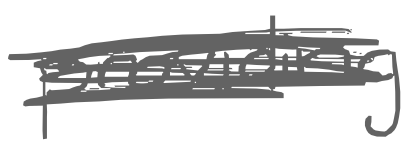
Text: providing
Cross-out: scratch
Writing tool: digital_gray